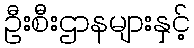
ဦးစီးဌာနများနှင့်